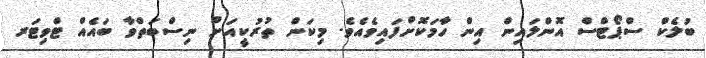
ބުލެކް ސްޕޯޓްސް އޮންލައިން އިން ހާމަކޮށްފައިވެއެވެ. މިކަން ތުރުކީއަށް ނިސްބަތްވާ ބައެއް ޓްވިޓަރ